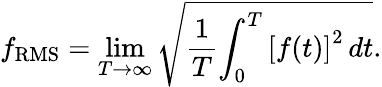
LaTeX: f_{\mathrm{RMS}}=\operatorname*{lim}_{T\rightarrow\infty}{\sqrt{{\frac{1}{T}}{\int_{0}^{T}{[f(t)]}^{2}\, dt}}}.